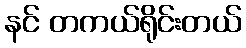
နင် တကယ်ရိုင်းတယ်